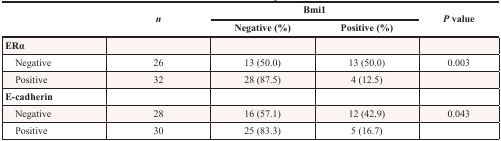
<table><thead><tr><td rowspan="2"></td><td rowspan="2"><b><i>n</i></b></td><td colspan="2"><b>Bmi1</b></td><td rowspan="2"><b><i>P</i> value</b></td></tr><tr><td><b>Negative (%)</b></td><td><b>Positive (%)</b></td></tr></thead><tbody><tr><td>ERα</td><td></td><td></td><td></td><td></td></tr><tr><td> Negative</td><td>26</td><td>13 (50.0)</td><td>13 (50.0)</td><td>0.003</td></tr><tr><td> Positive</td><td>32</td><td>28 (87.5)</td><td>4 (12.5)</td><td></td></tr><tr><td>E-cadherin</td><td></td><td></td><td></td><td></td></tr><tr><td> Negative</td><td>28</td><td>16 (57.1)</td><td>12 (42.9)</td><td>0.043</td></tr><tr><td> Positive</td><td>30</td><td>25 (83.3)</td><td>5 (16.7)</td><td></td></tr></tbody></table>